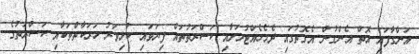
އަންގާފައި އޮތް އެންގުން އެގޮތުގައި ދެމެހެއްޓުމަށާއި ކަސްރަތުތައް ފިޔަވައި ކުޅިވަރު ހަރަކާތްތަކާއި ކަސްރަތުގެ